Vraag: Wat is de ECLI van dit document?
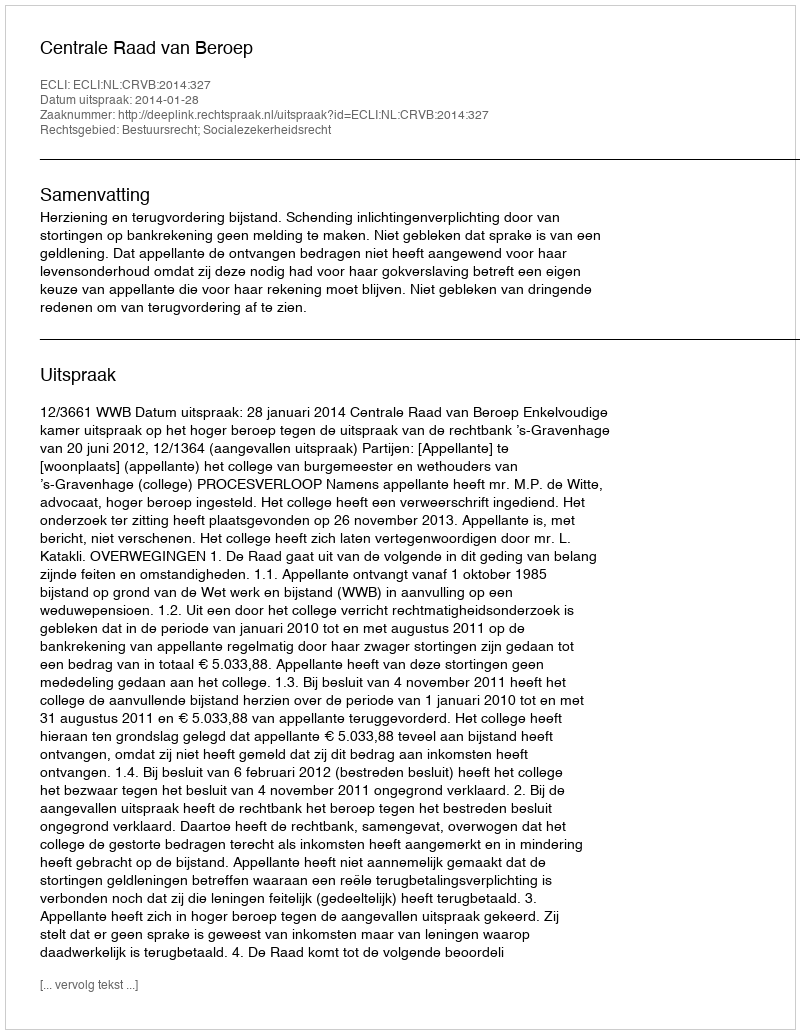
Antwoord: ECLI:NL:CRVB:2014:327